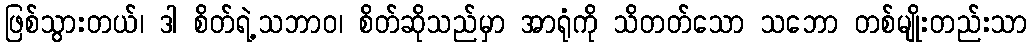
ဖြစ်သွားတယ်၊ ဒါ စိတ်ရဲ့သဘာဝ၊ စိတ်ဆိုသည်မှာ အာရုံကို သိတတ်သော သဘော တစ်မျိုးတည်းသာ